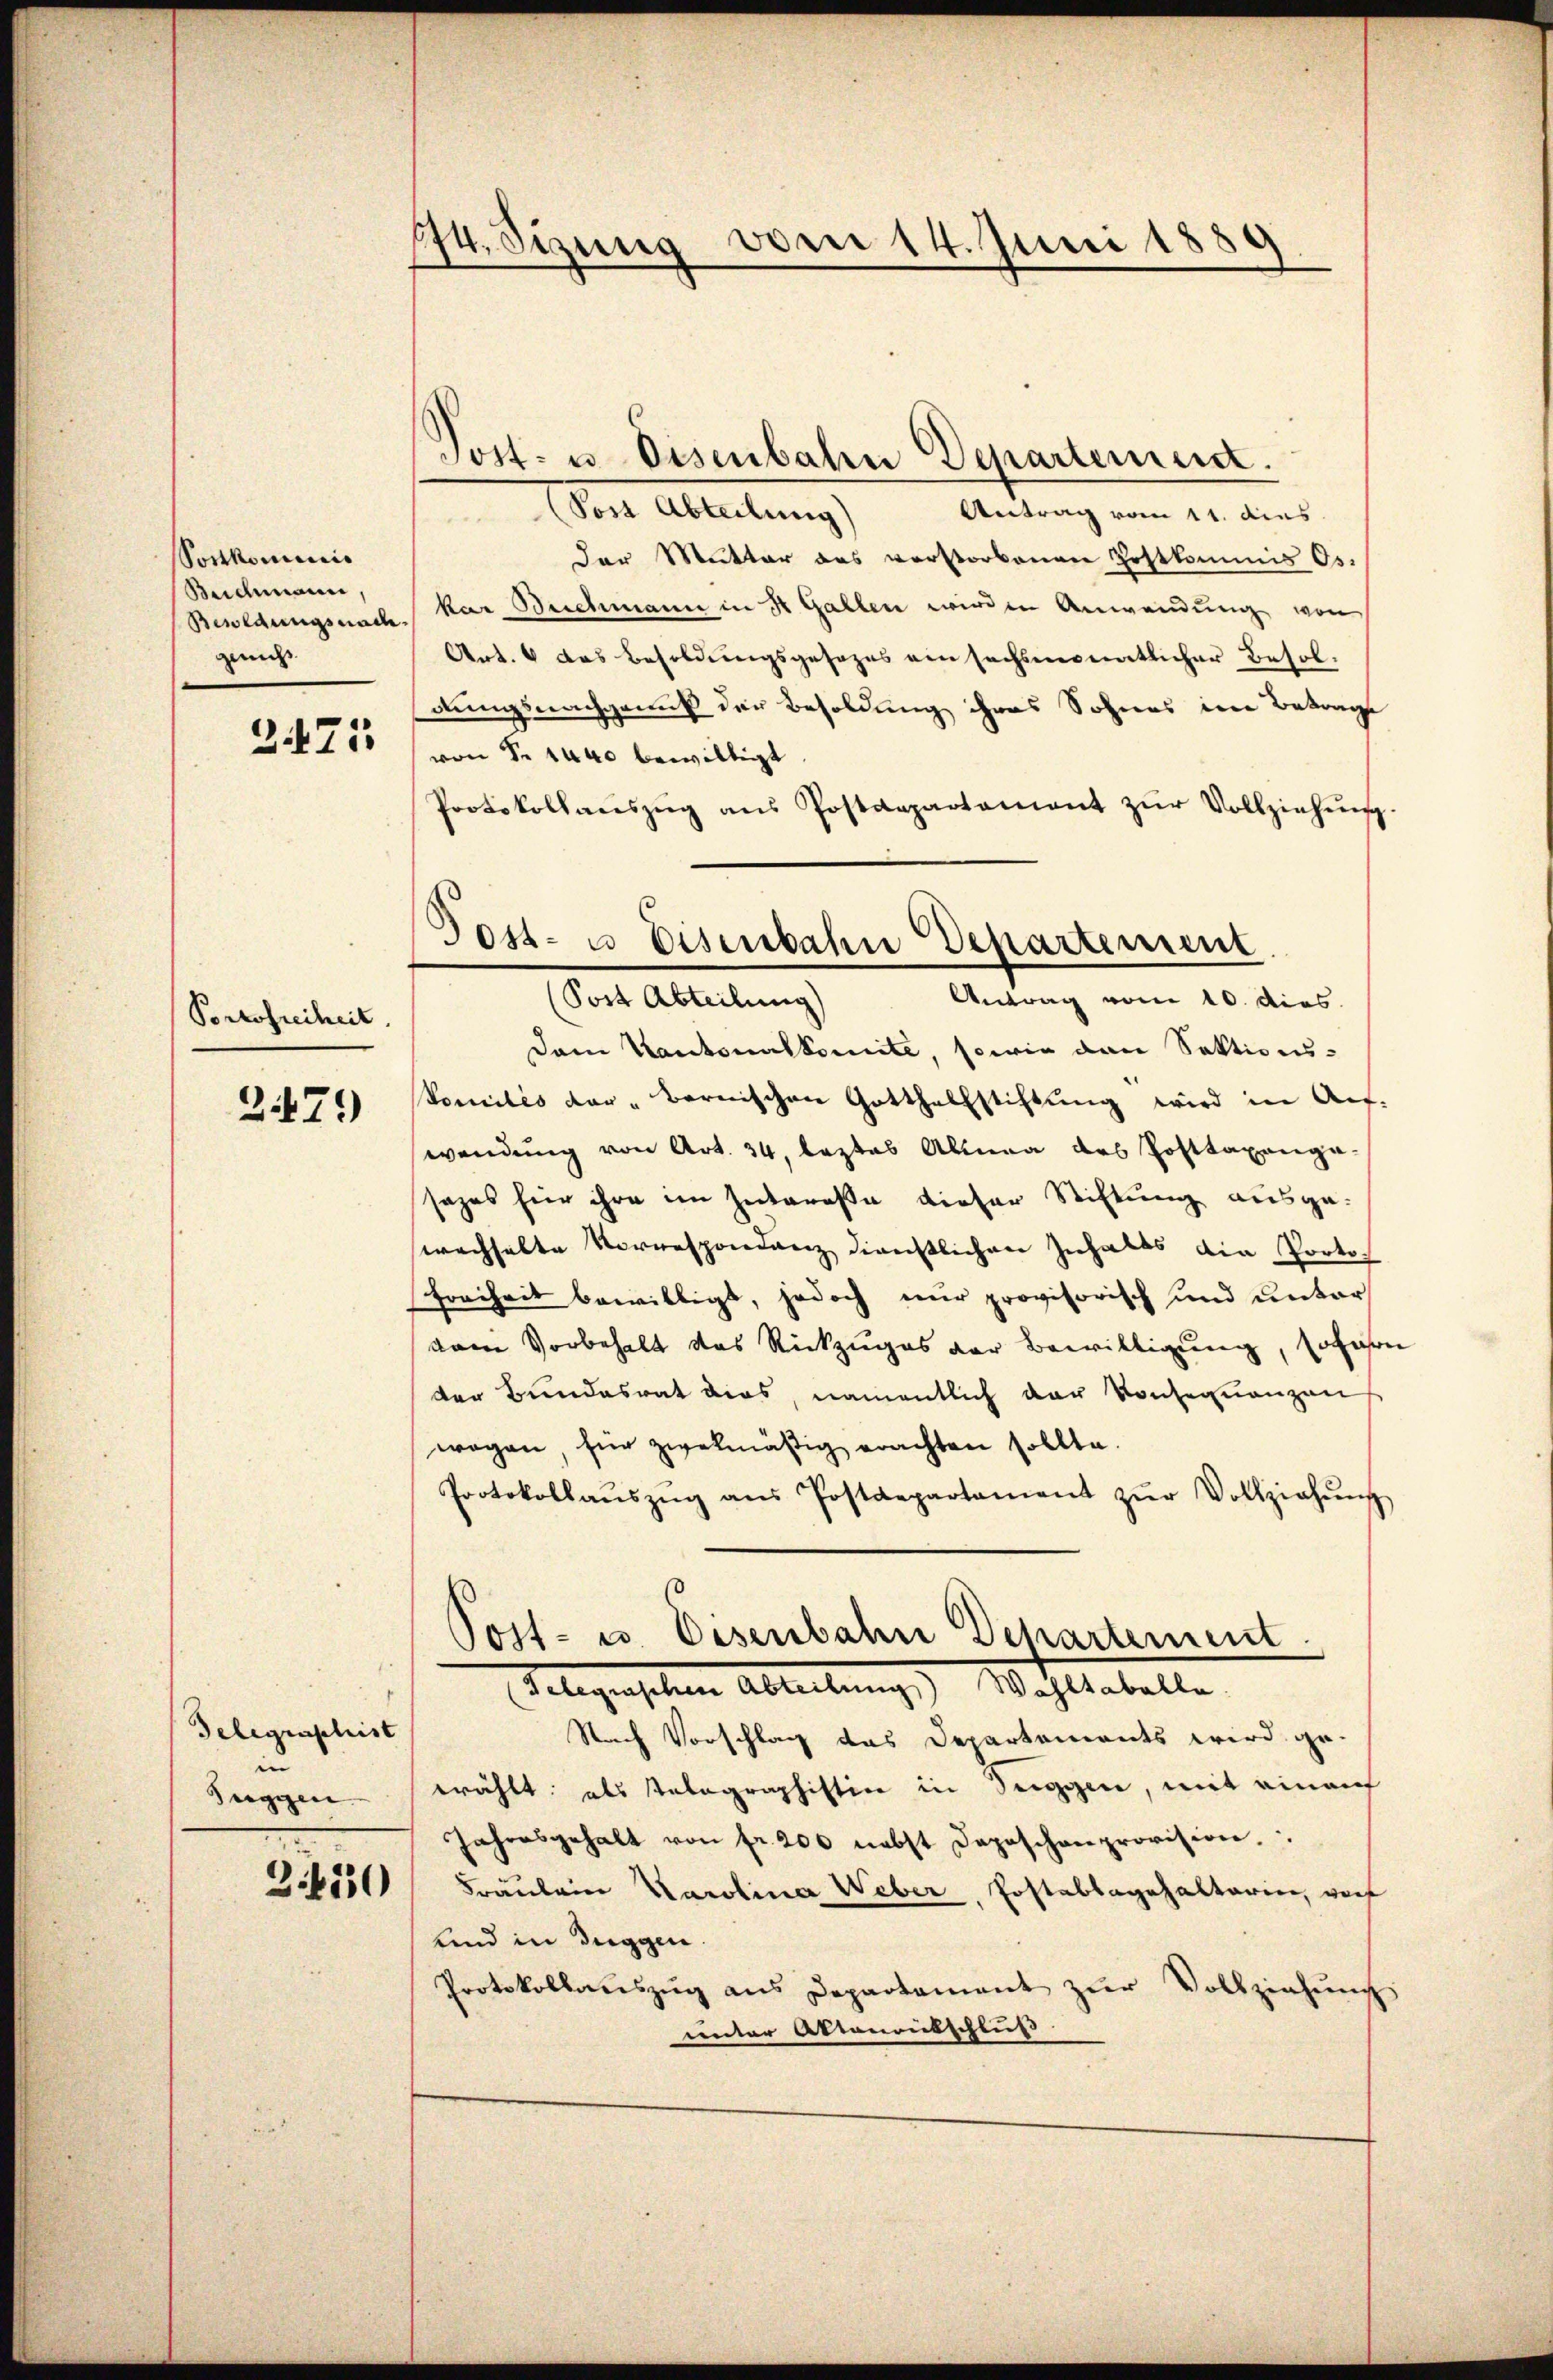
Sortkominis
Buchmann,
Besoldungsnach
gericht

2471

Portofreiheit.

2479)

Gelegraschist
in
Seegen |
3450

74. Sizung von 14. Juni 1889

Tost- u. Eisenbahn Departement.
Antrag vom 11. dies
(Post Abteilung)
Der Mutter das verstorbenen Zostkommis Os.
kar Buchmann in St. Gallen wirden Anwendung von
Art. 6 das Besoldungsgesezes ein sechsmonatlicher Besoldungsnachgemit der Besoldung ihres Sohnes in Betrags
von Nr. 1440 bewilligt
Protokollaŭszŭg ans Postdepartament zŭr Vollziehŭng
Dann Kantonalkomite, sowie den Sektions-
Vomiles der bernischen Gotthalfstiftung wird in Auf-
wendung von Art. 34, leztes Altung des Posttaxanga-
sazes für ihre im Interesse dieser Stiftung ausge-
wachhalte Vorrespondenz dienstlichen Inhalts die Porto¬
Freiheit bewilligt, jedoch nur provisorisch und unter
vem Vorbehalt das Rückzuges der Bewilligung, so fahre
der Bundesrat dies, namentlich der Konsequenzen
wegen für zwekmäßig erachten sollte.
Protokollaŭszŭg aŭs Postdepartament zŭr Vollziehŭng

Post- u. Eisenbahn Departement.
Antrag vom 10. dies.
(Post Abteilung)

Post- u. Eisenbahn Dchartement
Telegenschen Abteilung) Wohltabelle

Nach Vorschlag das Departements wird ge-
wählt: als Telegraphistin in Tuggen, mit einauf
Jahresgehalt von fr. 200 nebst Depeschenprovision.
Fräulein Karolina Weber, Postabsagehalterien, vorf
und in Tuggen.
Protokollaŭszŭg ans Departament zŭr Vollziehŭng
unter Ottonentschluss